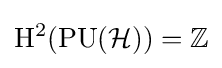
\mathrm {H} ^{2}(\mathrm {PU} ({\mathcal {H}}))=\mathbb {Z}